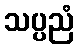
သပ္ပညံ